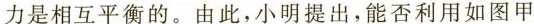
力是相互平衡的。由此，小明提出，能否利用如图甲